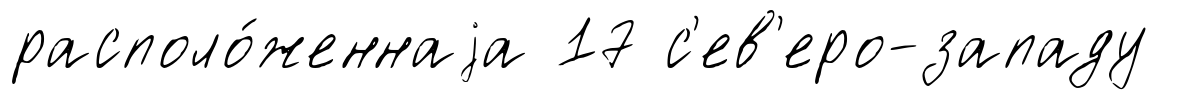
располо́женнаjа 17 с'ев'еро-западу